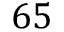
6 5